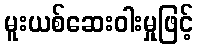
မူးယစ်ဆေးဝါးမှုဖြင့်